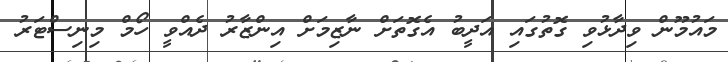
މައުމޫން ވިދާޅުވި ގޮތުގައި އަދީބު އެގޮތަށް ނާޒިމަށް އިންޒާރު ދެއްވީ ހޯމް މިނިސްޓަރު